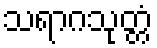
သရာဂသုတ္တံ